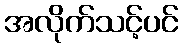
အလိုက်သင့်ပင်